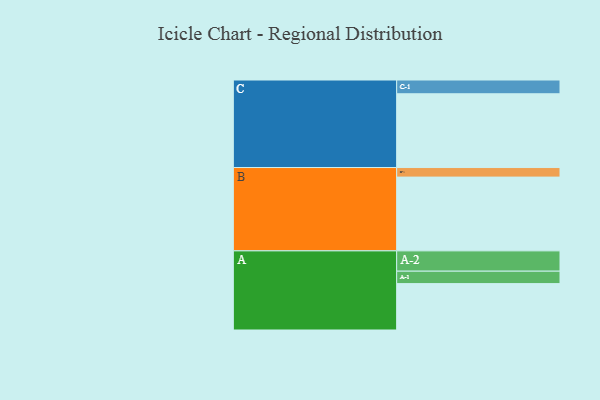
{"axis": {"x": "Segment", "y": "Value"}, "legend": ["", "A", "B", "C"], "data": [{"x": "A", "y": 320, "type": ""}, {"x": "B", "y": 509, "type": ""}, {"x": "C", "y": 509, "type": ""}, {"x": "A-1", "y": 86, "type": "A"}, {"x": "A-2", "y": 140, "type": "A"}, {"x": "B-1", "y": 66, "type": "B"}, {"x": "C-1", "y": 95, "type": "C"}]}